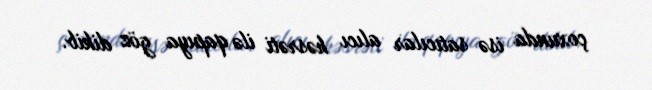
çoxunda isə satıcılar alıcı həsrəti ilə qapıya göz dikib.